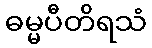
ဓမ္မပီတိရသံ